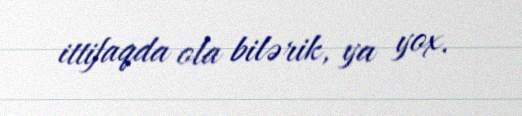
ittifaqda ola bilərik, ya yox.